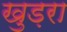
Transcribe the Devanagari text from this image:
खुड़रा